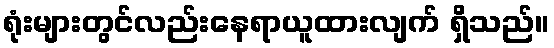
ရုံးများတွင်လည်းနေရာယူထားလျက် ရှိသည်။